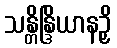
သန္တိန္ဒြိယာနဉှိ